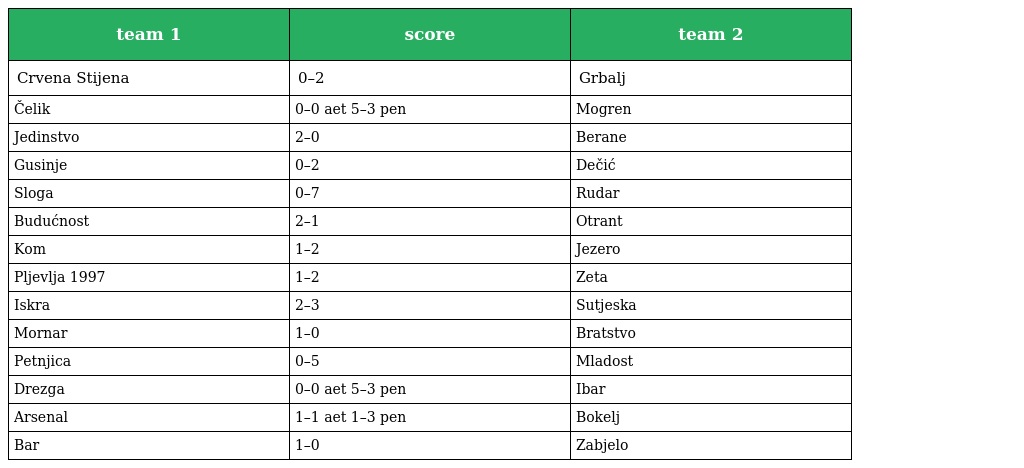
| team 1 | score | team 2 |
 | --- | --- | --- |
 | Crvena Stijena | 0–2 | Grbalj |
 | Čelik | 0–0 aet 5–3 pen | Mogren |
 | Jedinstvo | 2–0 | Berane |
 | Gusinje | 0–2 | Dečić |
 | Sloga | 0–7 | Rudar |
 | Budućnost | 2–1 | Otrant |
 | Kom | 1–2 | Jezero |
 | Pljevlja 1997 | 1–2 | Zeta |
 | Iskra | 2–3 | Sutjeska |
 | Mornar | 1–0 | Bratstvo |
 | Petnjica | 0–5 | Mladost |
 | Drezga | 0–0 aet 5–3 pen | Ibar |
 | Arsenal | 1–1 aet 1–3 pen | Bokelj |
 | Bar | 1–0 | Zabjelo |